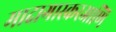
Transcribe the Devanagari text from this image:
मादागास्करआणि